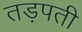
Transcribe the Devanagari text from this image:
तड़पती